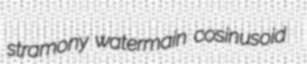
stramony watermain cosinusoid